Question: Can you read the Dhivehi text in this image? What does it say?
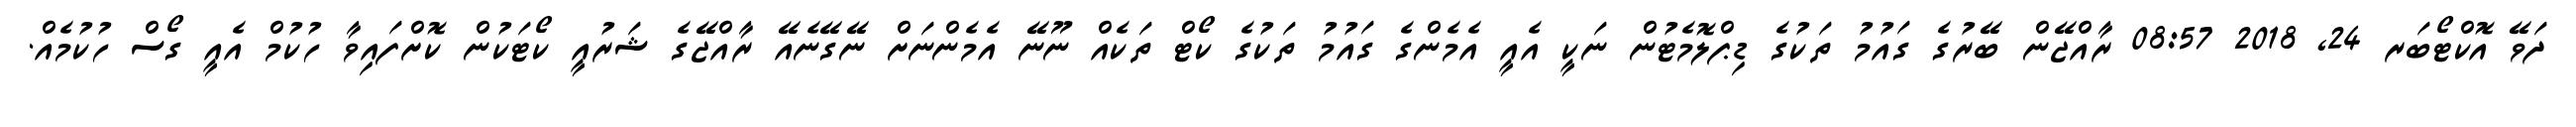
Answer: ދަވޭ އޮކްޓޯބަރ 24, 2018 08:57 ރާއްޖޭން ބޭރުގެ ގައުމު ތަކުގެ ޑިޕްލޮމެޓުން ނަކީ އެއީ އެމެންގެ ގައުމު ތަކުގެ ކޯޓް ތަކެއް ނޫނޭ އެމެންނަށް ނޭގޭނެއޭ ރާއްޖޭގެ ޝަރުއީ ކޯޓަކުން ކޮށްފައިވާ ހުކުމް އެއީ ގޯސް ހުކުމެއް.